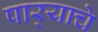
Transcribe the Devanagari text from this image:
पार्‍याचे